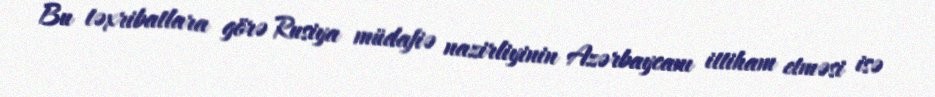
Bu təxribatlara görə Rusiya müdafiə nazirliyinin Azərbaycanı ittiham etməsi isə